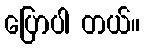
ပြောပါ တယ်။